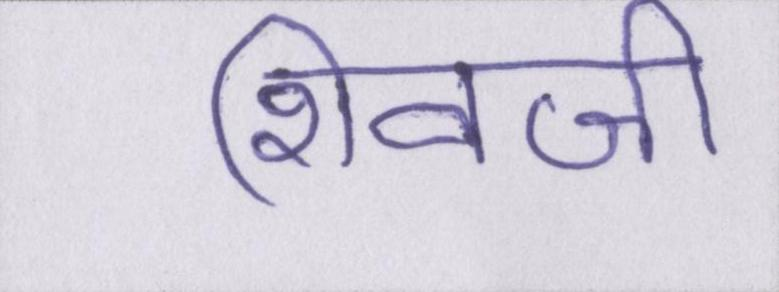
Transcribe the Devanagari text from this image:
शिवजी